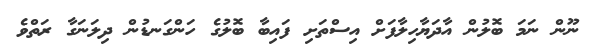
ނޫން ނަމަ ބޮލުން އާދަޔާހިލާފަށް އިސްތަށި ފައިބާ ބޮލުގެ ހަންގަނޑުން ދިލަނަގާ ރަތްވެ